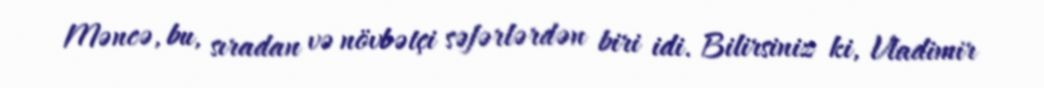
Məncə, bu, sıradan və növbətçi səfərlərdən biri idi. Bilirsiniz ki, Vladimir